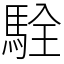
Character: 駩